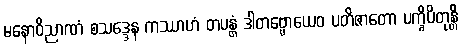
မနောဝိညာဏံ စသဒ္ဒေန ကဿာဟံ တပန္တံ ဒါတဗ္ဗောယေဝ ပတိဇာတော ပက္ခိပိတုန္တိ